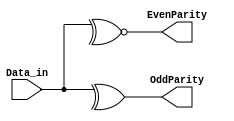
module ParityChecker(
input [7:0]Data_in,
output EvenParity,OddParity
);
assign OddParity=^(Data_in);
assign EvenParity=~^(Data_in);
endmodule